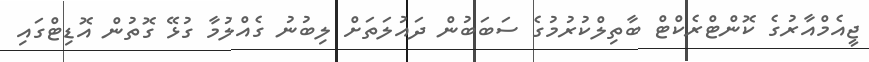
ޖީއެމްއާރުގެ ކޮންޓްރެކްޓް ބާތިލްކުރުމުގެ ސަބަބުން ދައުލަތަށް ލިބުނު ގެއްލުމާ ގުޅޭ ގޮތުން އޮޑިޓްގައި